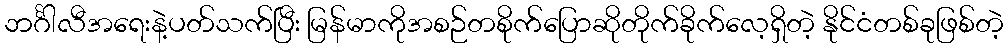
ဘင်္ဂါလီအရေးနဲ့ပတ်သက်ပြီး မြန်မာကိုအစဉ်တစိုက်ပြောဆိုတိုက်ခိုက်လေ့ရှိတဲ့ နိုင်ငံတစ်ခုဖြစ်တဲ့